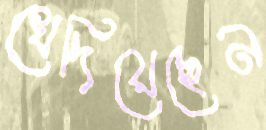
খেদিয়েছেন